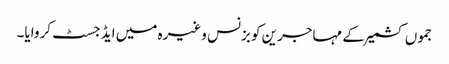
جموں کشمیر کے مہاجرین کو بزنس وغیرہ میں ایڈجسٹ کروایا۔